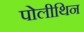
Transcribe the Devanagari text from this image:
पोलीथिन